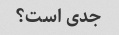
جدی است؟